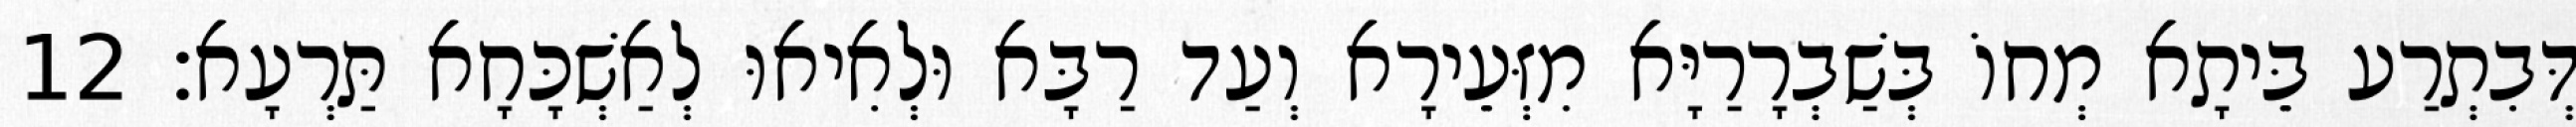
דְּבִתְרַע בֵּיתָא מְחוֹ בְּשַׁבְרָרַיָּא מִזְּעֵירָא וְעַד רַבָּא וּלְאִיאוּ לְאַשְׁכָּחָא תַּרְעָא׃ 12